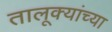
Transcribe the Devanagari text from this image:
तालूक्यांच्या